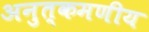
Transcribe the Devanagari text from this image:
अनुत्कमणीय